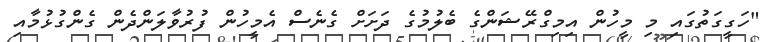
"ހަގީގަތުގައި މި މީހުން އިމިގްރޭޝަންގެ ބެލުމުގެ ދަށަށް ގެނެސް އެމީހުން ފުރުވާލަންދެން ގެންްގުޅުމާއި